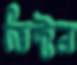
ভিক্টন